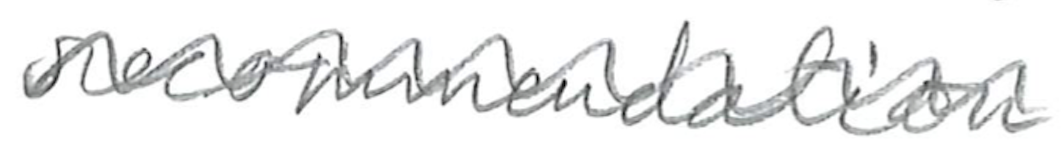
Text: recommendation
Cross-out: wave
Writing tool: pencil